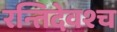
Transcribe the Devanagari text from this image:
रन्तिदेवश्च